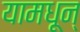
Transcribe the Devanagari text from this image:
यामधून्